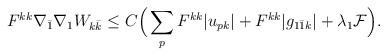
LaTeX: \begin{align*}\begin{aligned} F^{kk}\nabla_{\bar 1}\nabla_1 W_{k\bar k}&\leq C\Big( \sum_p F^{kk}|u_{pk}| + F^{kk}|g_{1\bar 1k}| +\lambda_1\mathcal{F}\Big). \end{aligned}\end{align*}